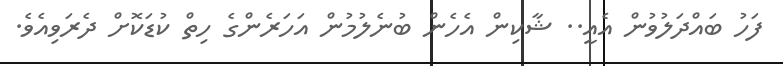
ފަހު ބައްދަލުވުން އެއީ.. ޝާކިން އެހެން ބުނެލުމުން އަހަރެންގެ ހިތް ކުޑަކޮށް ދެރަވިއެވެ.